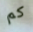
كم